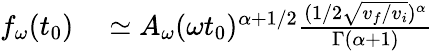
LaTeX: \begin{array}{rl}{f_{\omega}(t_{0})}&{{}\simeq A_{\omega}(\omega t_{0})^{\alpha+1/2}\frac{(1/2\sqrt{v_{f}/v_{i}})^{\alpha}}{\Gamma(\alpha+1)}}\end{array}